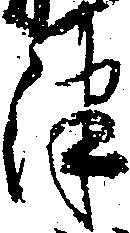
津